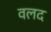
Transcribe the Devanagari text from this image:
वलद